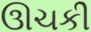
ઊચકી